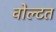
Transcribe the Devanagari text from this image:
वोल्टत